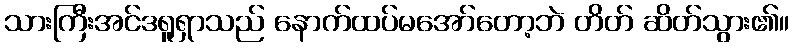
သားကြီးအင်ဒရူရှာသည် နောက်ထပ်မအော်တော့ဘဲ တိတ် ဆိတ်သွား၏။